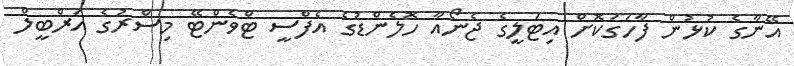
އޭނާގެ ކުޅުން ފާހަގަކޮށް އިޓަލީގެ ޖެނޯއާ ހޮލެންޑުގެ އެފްސީ ޓްވެންޓޭ މިސްރުގެ އަރްބީލް